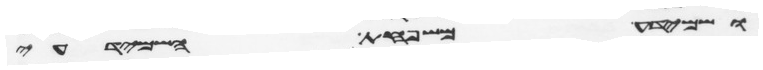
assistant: ושמידע משפחת השמידעי